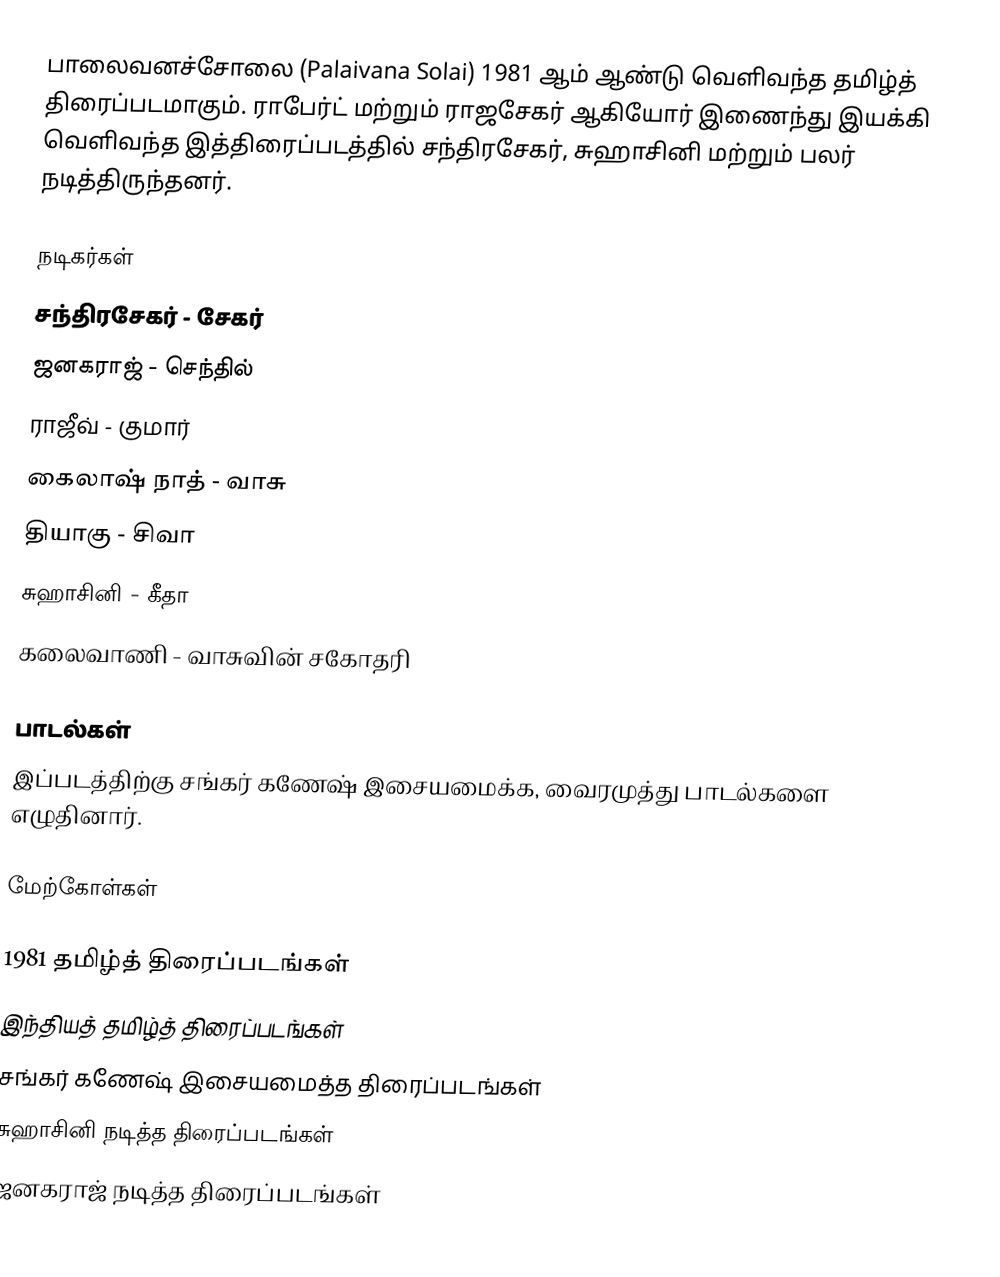
பாலைவனச்சோலை (Palaivana Solai) 1981 ஆம் ஆண்டு வெளிவந்த தமிழ்த் திரைப்படமாகும். ராபேர்ட் மற்றும் ராஜசேகர் ஆகியோர் இணைந்து இயக்கி வெளிவந்த இத்திரைப்படத்தில் சந்திரசேகர், சுஹாசினி மற்றும் பலர் நடித்திருந்தனர்.

நடிகர்கள்
 சந்திரசேகர் - சேகர்
 ஜனகராஜ் - செந்தில்
 ராஜீவ் - குமார்
 கைலாஷ் நாத் - வாசு
 தியாகு - சிவா
 சுஹாசினி - கீதா
 கலைவாணி - வாசுவின் சகோதரி

பாடல்கள்
இப்படத்திற்கு  சங்கர் கணேஷ் இசையமைக்க, வைரமுத்து பாடல்களை எழுதினார்.

மேற்கோள்கள்

1981 தமிழ்த் திரைப்படங்கள்
இந்தியத் தமிழ்த் திரைப்படங்கள்
சங்கர் கணேஷ் இசையமைத்த திரைப்படங்கள்
சுஹாசினி நடித்த திரைப்படங்கள்
ஜனகராஜ் நடித்த திரைப்படங்கள்